NAE_kihelkonnakohtute_kirjad_ja_protokollid_1869-1889, lk 10
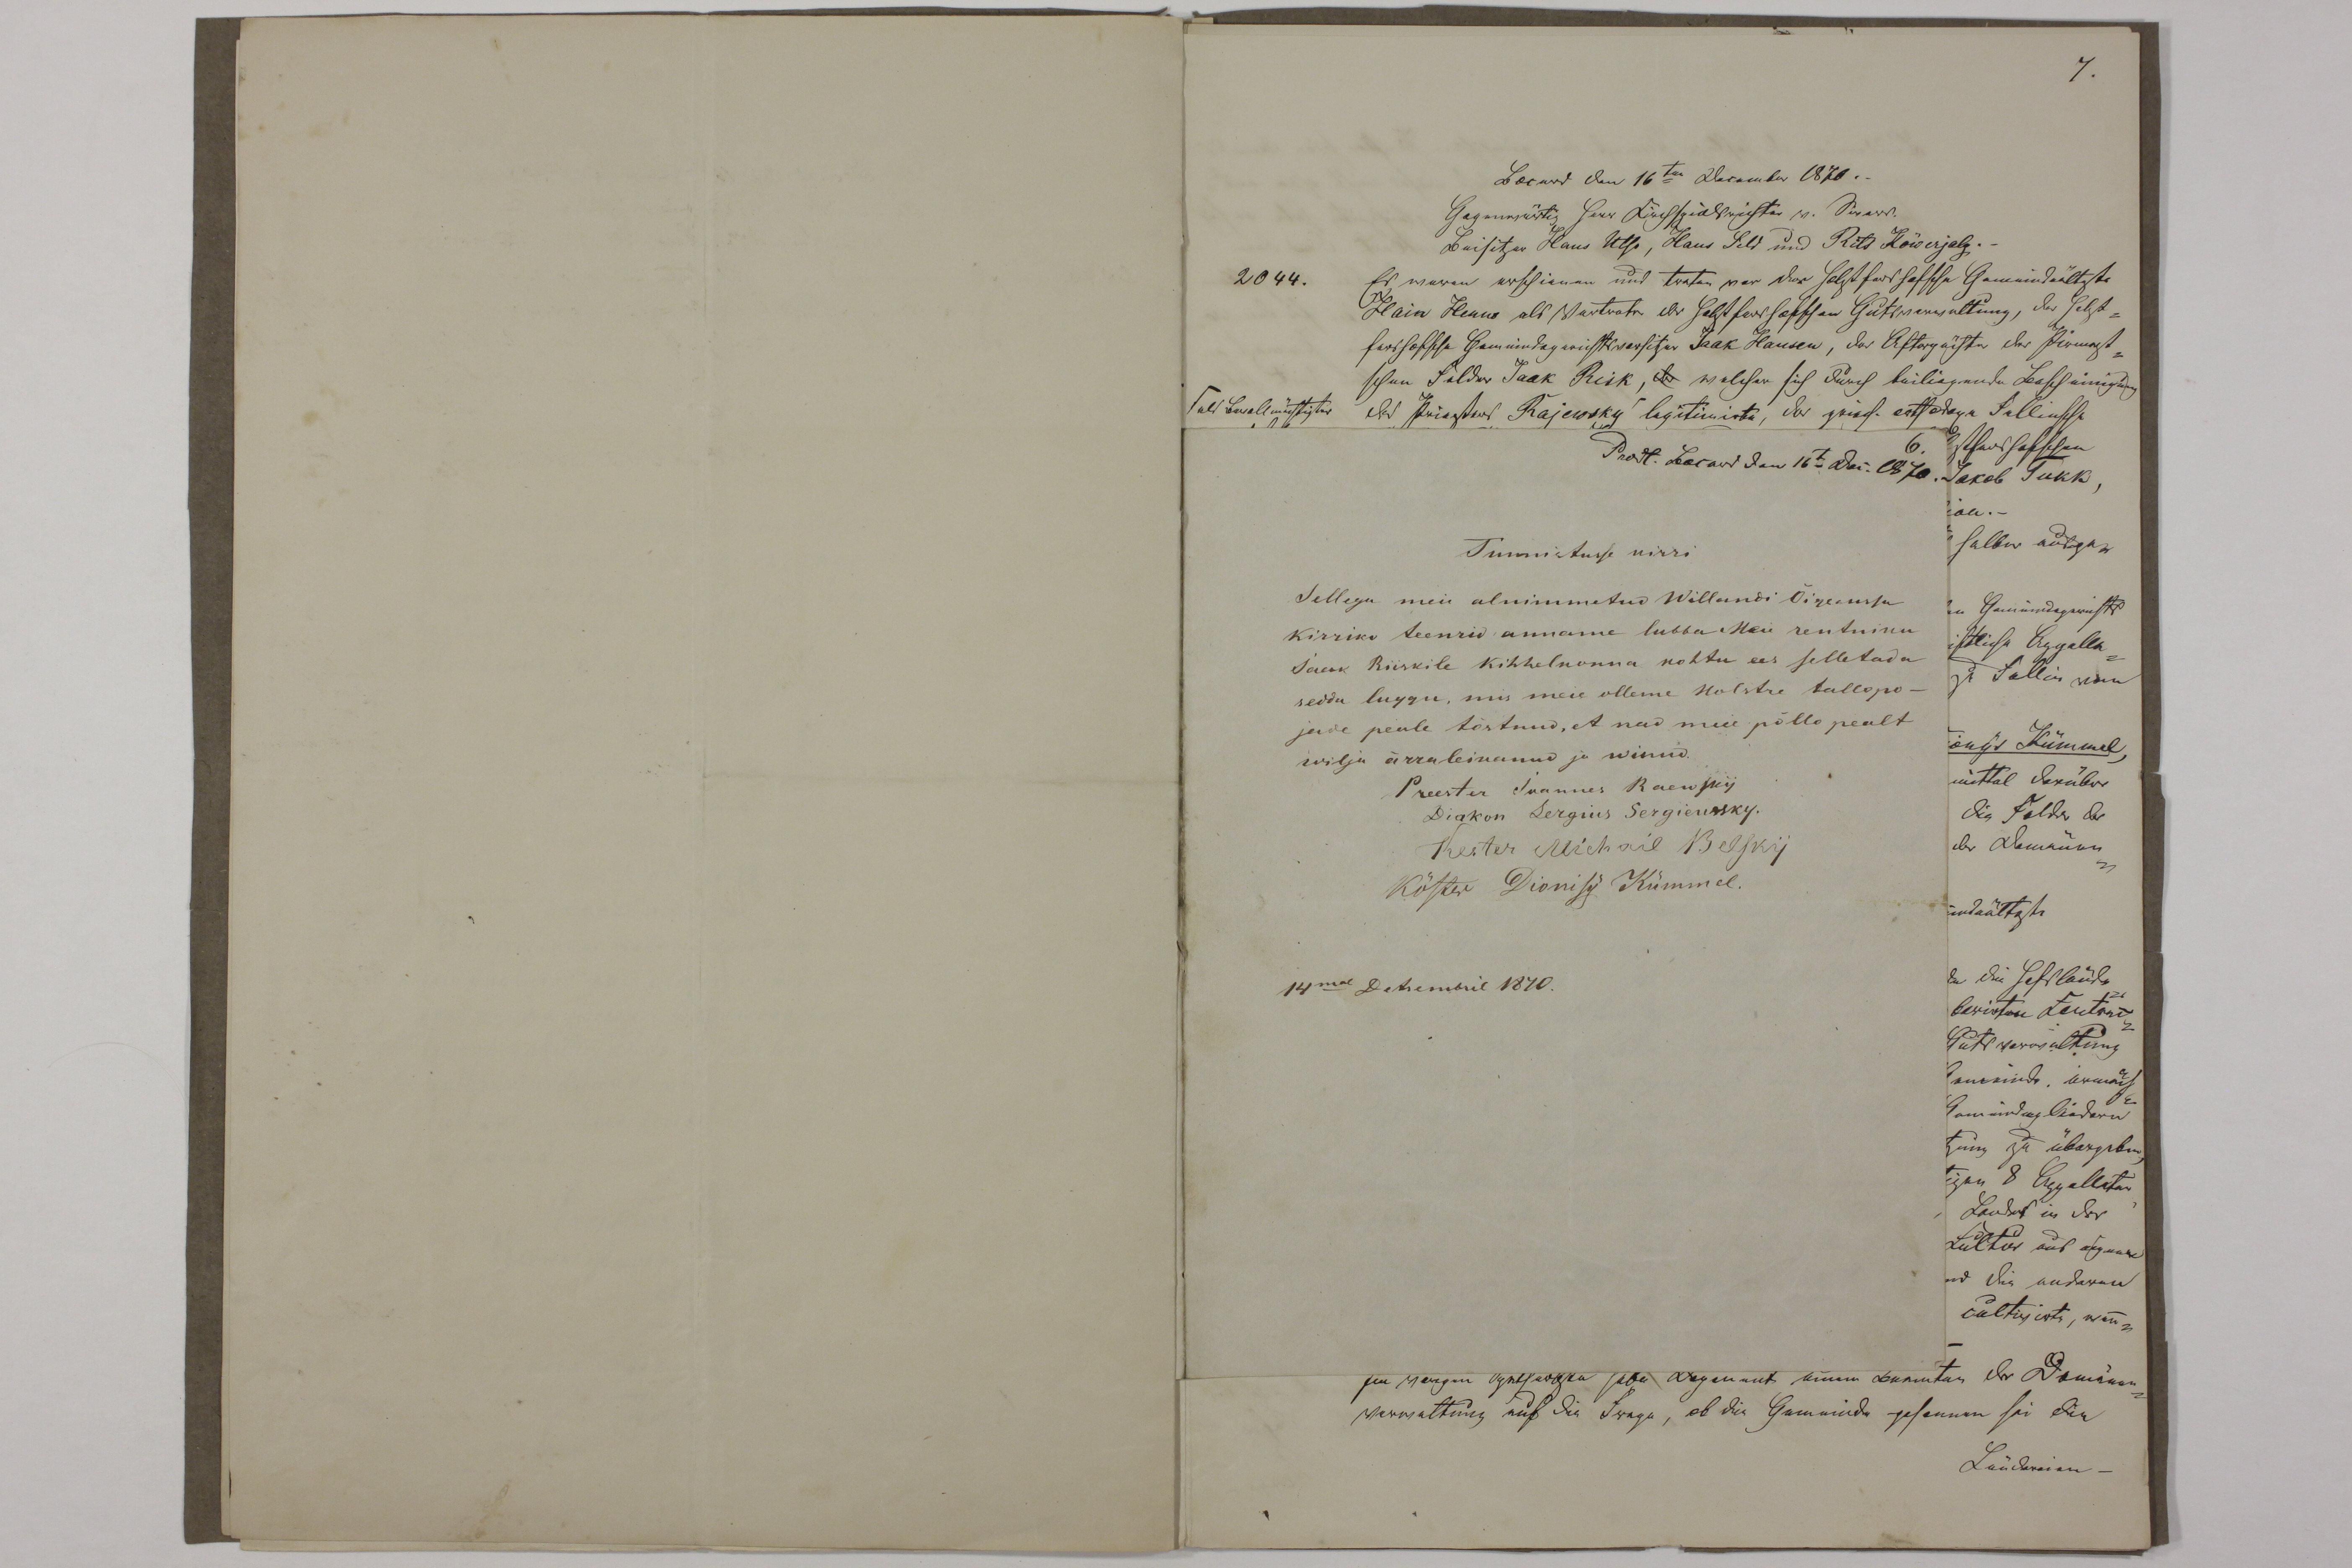
Tunnistusse kirri
Sellega meie alnimmetud Willandi Õigeussu
kirriko teenrid anname lubba meie rentniku
Jaak Riiskile kihhelkonna kohtu ees selletada
seddu luggu, mis meie olleme Holstre tallopo-
jade peale tõstnud, et need meie põlle pealt
wilja ärraleikanud ja winud.
Preester Joannes Raewsky
Diakon Sergius Sergiеwsky.
Köster Michail Belsky.
Kõster Dionisy Kümmel.
14mal Detsembril 1870.